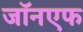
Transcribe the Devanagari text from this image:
जॉनएफ